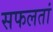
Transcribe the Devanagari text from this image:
सफलतां